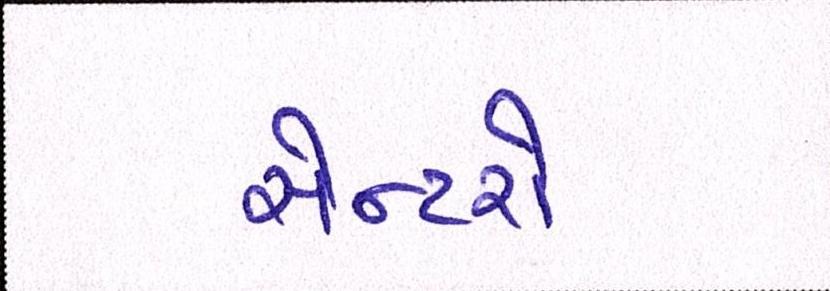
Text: સેન્ટરો